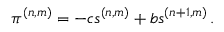
\pi ^ { ( n , m ) } = - c s ^ { ( n , m ) } + b s ^ { ( n + 1 , m ) } \, .